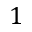
1